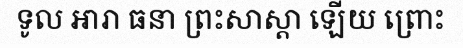
ទូល ឣារា ធនា ព្រះសាស្តា ឡើយ ព្រោះ